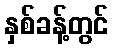
နှစ်ခန့်တွင်